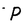
Character: P